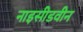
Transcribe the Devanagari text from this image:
नाइसीडवीन